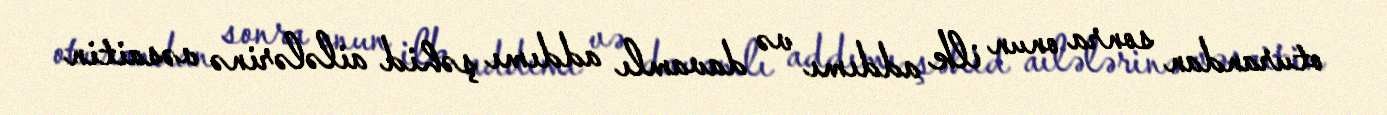
oturandan sonra onun ilk addımı və davamlı addımı şəhid ailələrinə vəsaitin